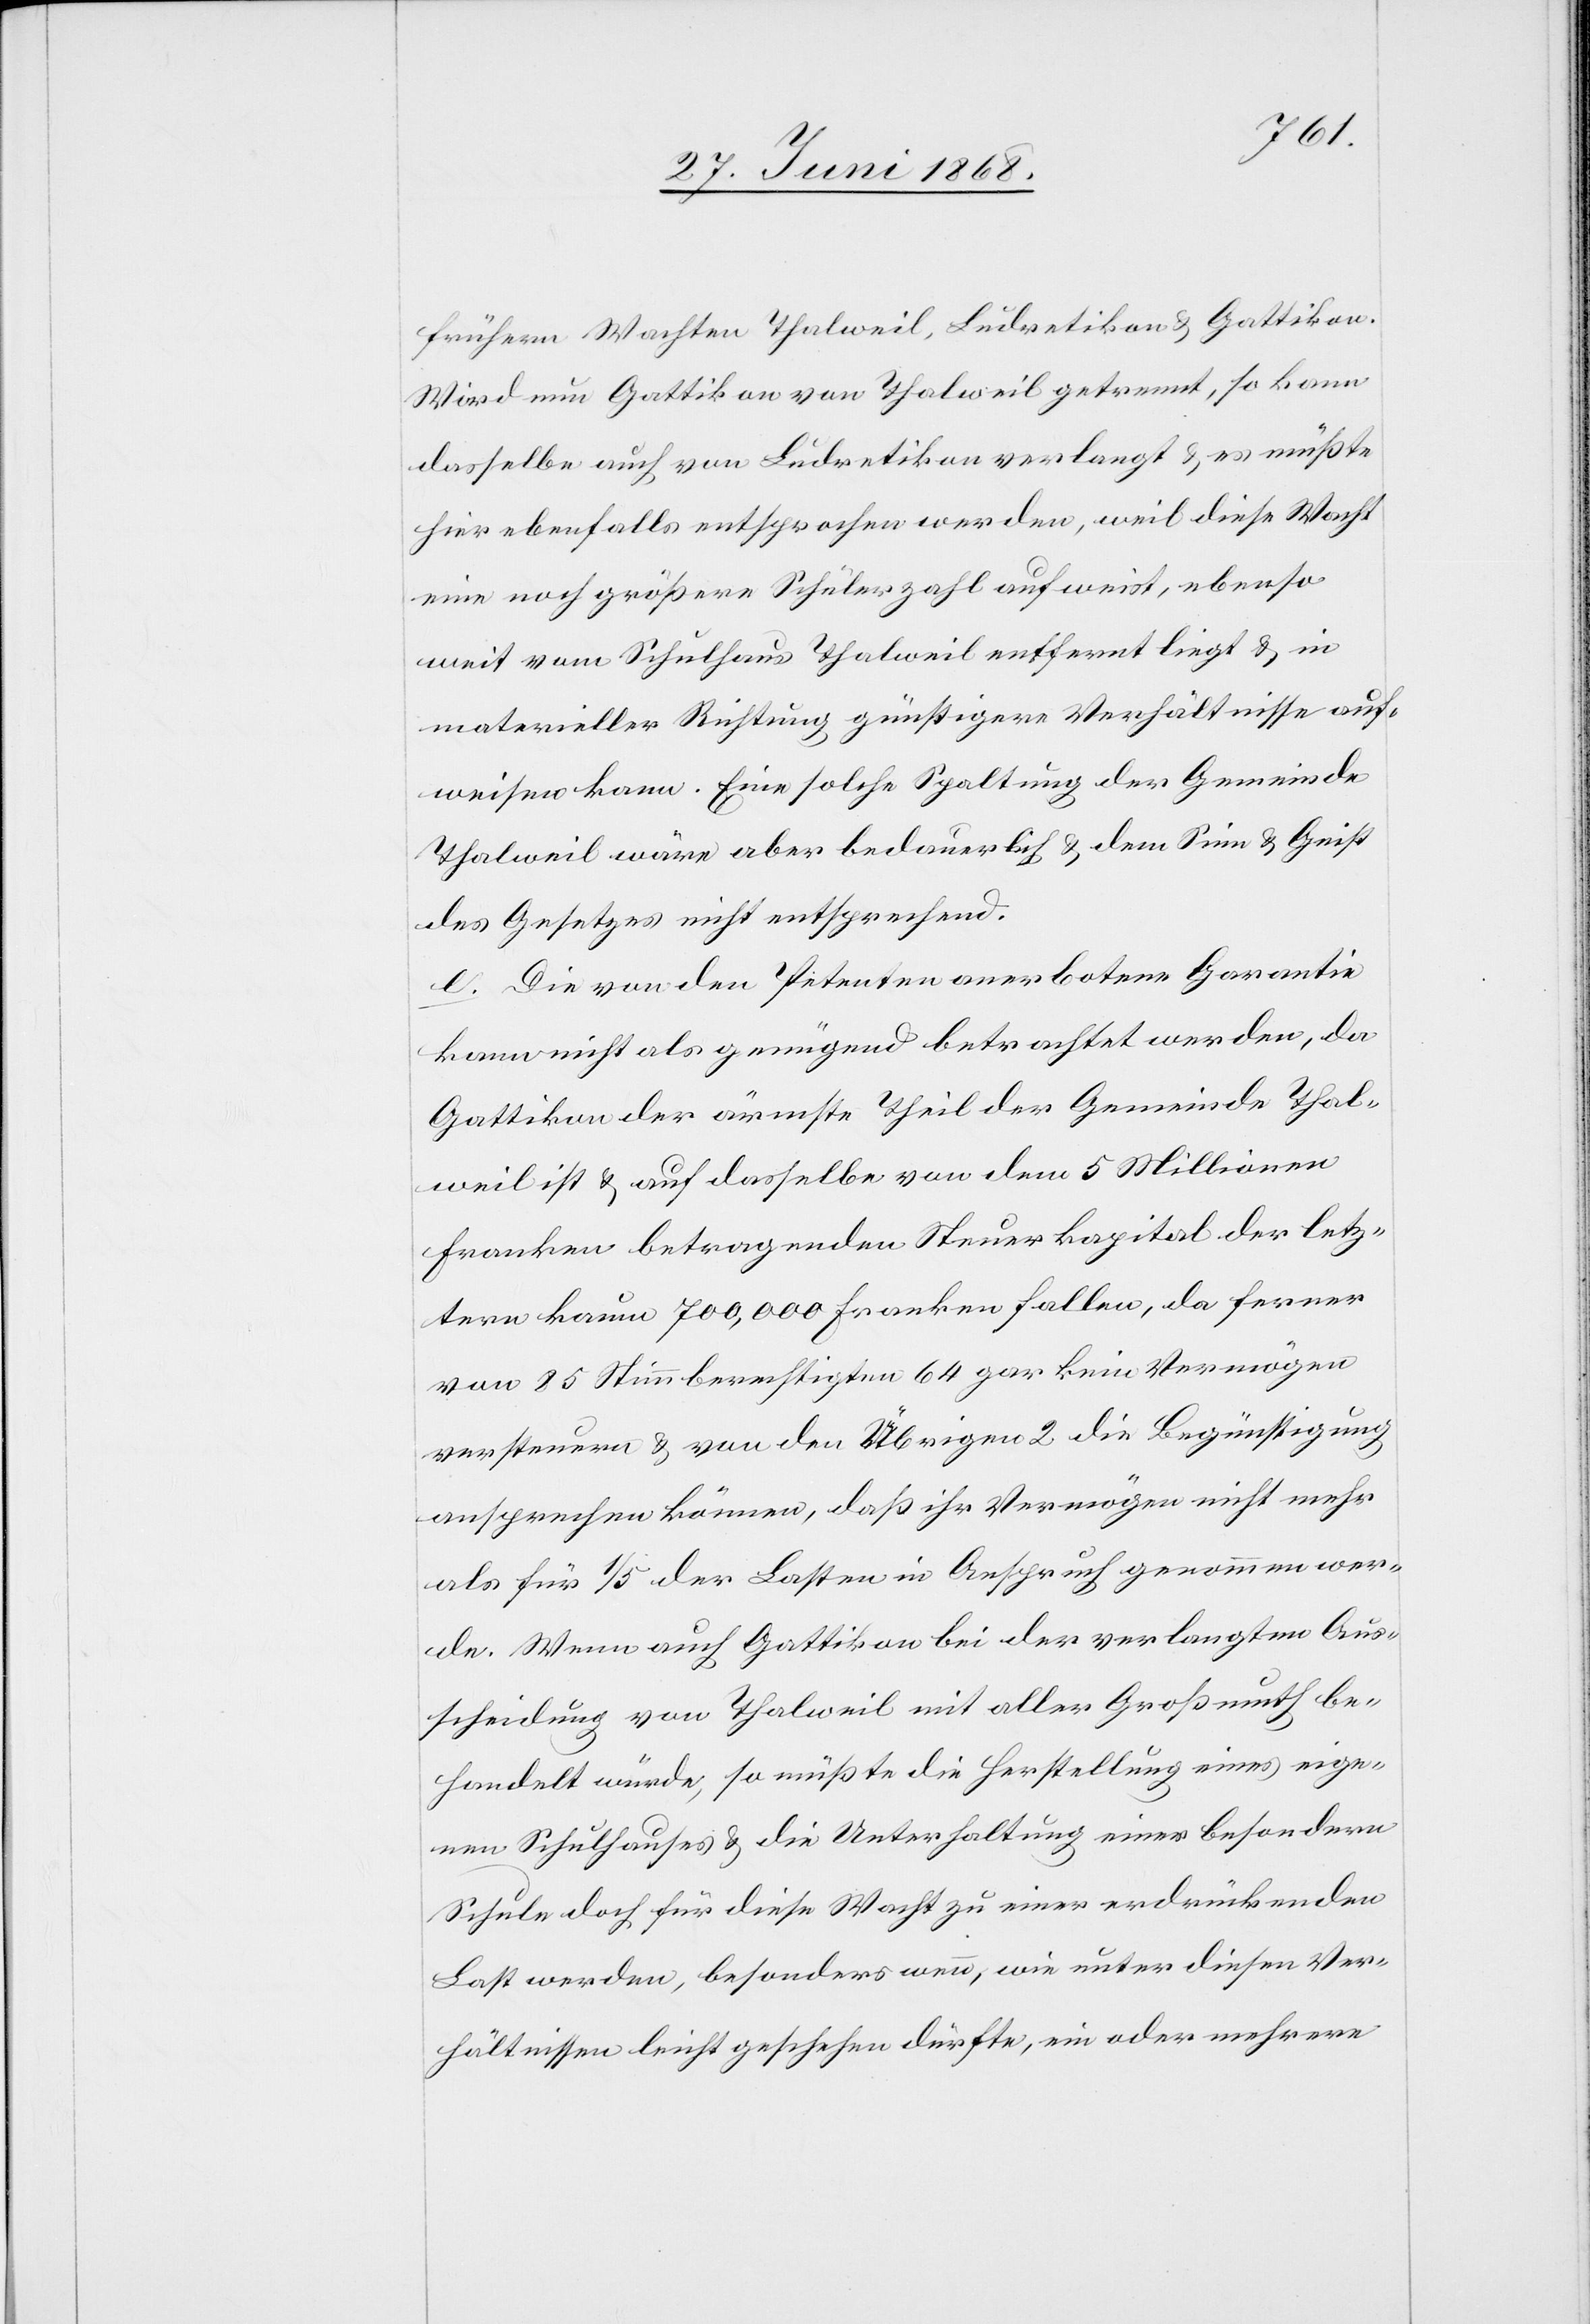
frühern Wachten Thalweil, Ludretikon & Gattikon.
Wird nun Gattikon von Thalweil getrennt, so kann
dasselbe auch von Ludretikon verlangt & es müßte
hier ebenfalls entsprochen werden, weil diese Wacht
eine noch größere Schülerzahl aufweist, ebenso
weit vom Schulhaus Thalweil entfernt liegt & in
materieller Richtung günstigere Verhältnisse auf¬
weisen kann. Eine solche Spaltung der Gemeinde
Thalweil wäre aber bedauerlich & dem Sinn & Geist
des Gesetzes nicht entsprechend.
e. Die von den Petenten anerbotene Garantie
kann nicht als genügend betrachtet werden, da
Gattikon der ärmste Theil der Gemeinde Thal¬
weil ist & auf dasselbe von dem 5 Millionen
Franken betragenden Steuerkapital der letz¬
tern kaum 700,000 Franken fallen, da ferner
von 85 Stimmberechtigten 64 gar kein Vermögen
versteuern & von den Übrigen 2 die Begünstigung
ansprechen können, daß ihr Vermögen nicht mehr
als für 1/5 der Lasten in Anspruch genommen wer¬
de. Wenn auch Gattikon bei der verlangten Aus¬
scheidung von Thalweil mit aller Großmuth be¬
handelt würde, so müßte die Herstellung eines eige¬
nen Schulhauses & die Unterhaltung einer besondern
Schule doch für diese Wacht zu einer erdrückenden
Last werden, besonders wenn, wie unter diesen Ver¬
hältnissen leicht geschehen dürfte, ein oder mehrere